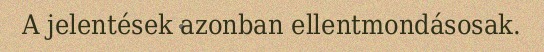
A jelentések azonban ellentmondásosak.